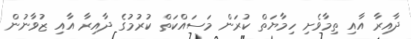
ދާއިރާ އާއި ތިމާވެށި ހިމާޔަތް ކުރަން މަސައްކަތް ކުރުމުގެ ދާއިރާ އާއި ޒުވާނުން